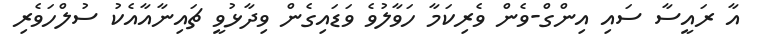
އާ ރައީސާ ސައި އިންގް-ވެން ވެރިކަމާ ހަވާލުވެ ވަޑައިގެން ވިދާޅުވީ ޗައިނާއާއެކު ސުލްހަވެރި